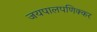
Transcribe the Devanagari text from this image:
जयपालपणिक्कर